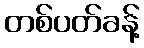
တစ်ပတ်ခန့်